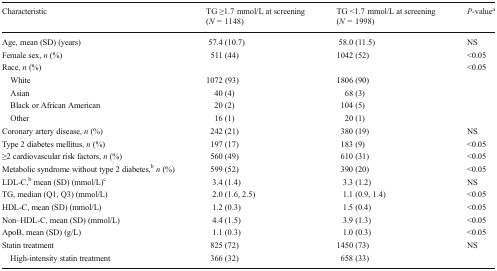
| Characteristic | TG ≥1.7 mmol/L at screening (N = 1148) | TG <1.7 mmol/L at screening (N = 1998) | P-valuea |
 | --- | --- | --- | --- |
 | Age, mean (SD) (years) | 57.4 (10.7) | 58.0 (11.5) | NS |
 | Female sex, n (%) | 511 (44) | 1042 (52) | <0.05 |
 | <COLSPAN=3> Race, n (%) | <0.05 |
 | White | 1072 (93) | 1806 (90) |  |
 | Asian | 40 (4) | 68 (3) |  |
 | Black or African American | 20 (2) | 104 (5) |  |
 | Other | 16 (1) | 20 (1) |  |
 | Coronary artery disease, n (%) | 242 (21) | 380 (19) | NS |
 | Type 2 diabetes mellitus, n (%) | 197 (17) | 183 (9) | <0.05 |
 | ≥2 cardiovascular risk factors, n (%) | 560 (49) | 610 (31) | <0.05 |
 | Metabolic syndrome without type 2 diabetes,bn (%) | 599 (52) | 390 (20) | <0.05 |
 | LDL-C,b mean (SD) (mmol/L)c | 3.4 (1.4) | 3.3 (1.2) | NS |
 | TG, median (Q1, Q3) (mmol/L) | 2.0 (1.6, 2.5) | 1.1 (0.9, 1.4) | <0.05 |
 | HDL-C, mean (SD) (mmol/L) | 1.2 (0.3) | 1.5 (0.4) | <0.05 |
 | Non–HDL-C, mean (SD) (mmol/L) | 4.4 (1.5) | 3.9 (1.3) | <0.05 |
 | ApoB, mean (SD) (g/L) | 1.1 (0.3) | 1.0 (0.3) | <0.05 |
 | Statin treatment | 825 (72) | 1450 (73) | NS |
 | High-intensity statin treatment | 366 (32) | 658 (33) |  |